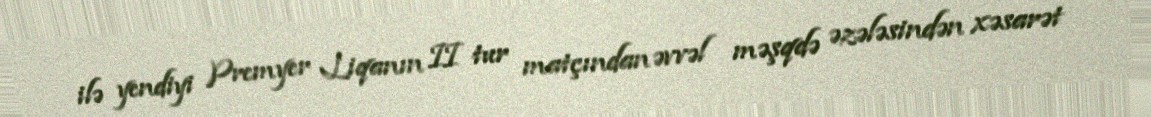
ilə yendiyi Premyer Liqanın II tur matçından əvvəl məşqdə əzələsindən xəsarət